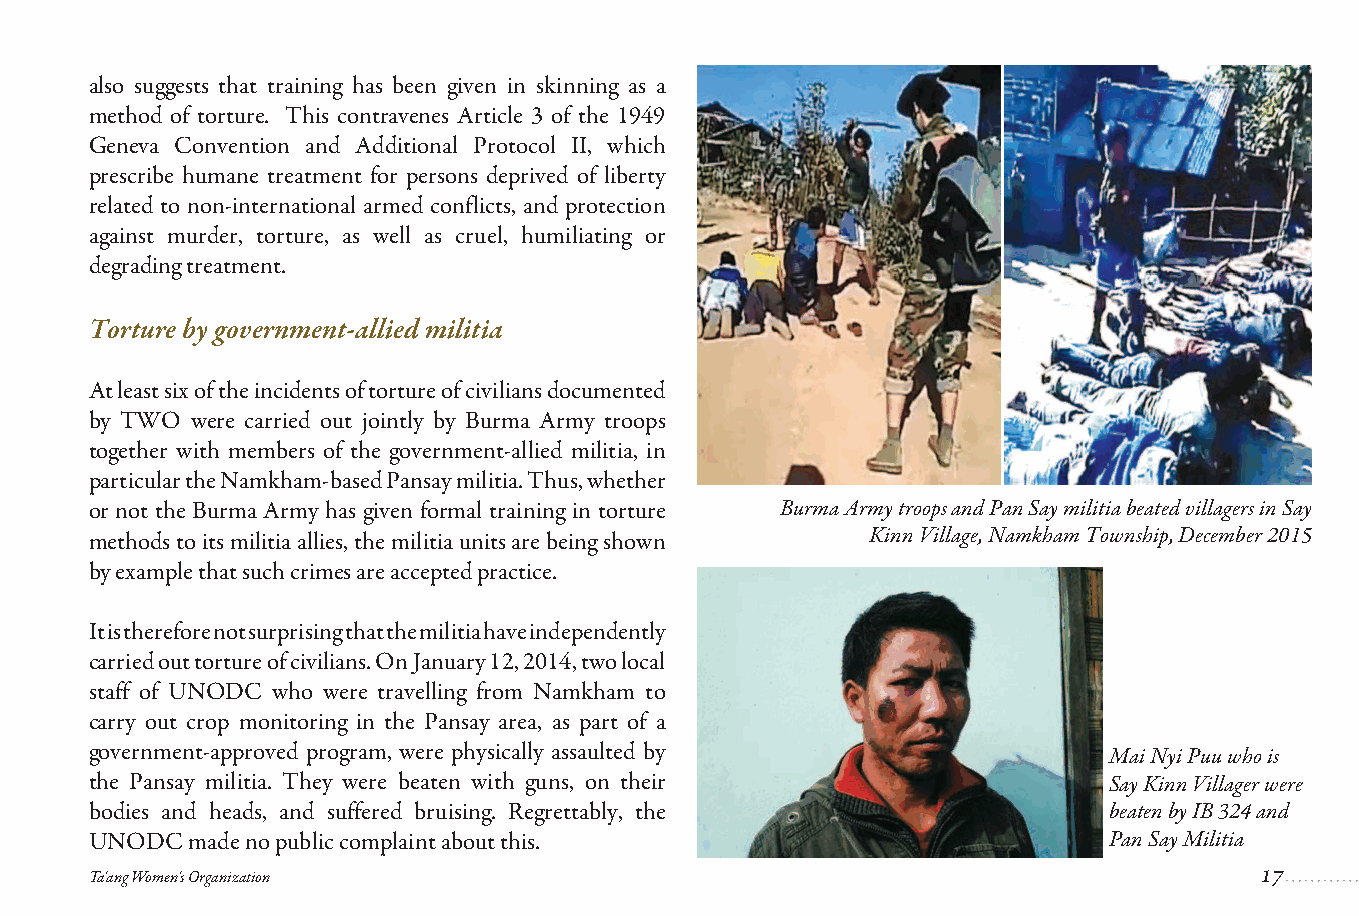
also suggests that training has been given in skinning as a
 method of torture. This contravenes Article 3 of the 1949
 Geneva Convention and Additional Protocol II, which
 prescribe humane treatment for persons deprived of liberty
 related to non-international armed conflicts, and protection
 against murder, torture, as well as cruel, humiliating or
 degrading treatment.
 Torture by government-allied militia
 At least six of the incidents of torture of civilians documented
 by TWO were carried out jointly by Burma Army troops
 together with members of the government-allied militia, in
 particular the Namkham-based Pansay militia. Thus, whether
 or not the Burma Army has given formal training in torture Burma Army troops and Pan Say militia beated villagers in Say
 methods to its militia allies, the militia units are being shown Kinn Village, Namkham Township, December 2015
 by example that such crimes are accepted practice.
 It is therefore not surprising that the militia have independently
 carried out torture of civilians. On January 12, 2014, two local
 staff of UNODC who were travelling from Namkham to
 carry out crop monitoring in the Pansay area, as part of a
 government-approved program, were physically assaulted by          Mai Nyi Puu who is
 the Pansay militia. They were beaten with guns, on their           Say Kinn Villager were
 bodies and heads, and suffered bruising. Regrettably, the          beaten by IB 324 and
 UNODC made no public complaint about this.                         Pan Say Militia
 Ta'ang Women's Organization
 17